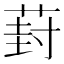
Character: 葑